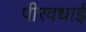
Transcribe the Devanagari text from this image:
पीरवधाई